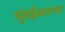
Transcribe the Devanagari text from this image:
मुंबईकराणा